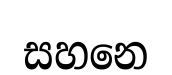
සහනෙ